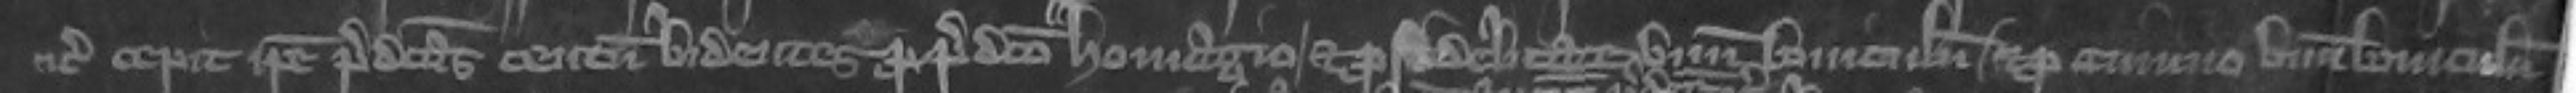
etc cepit ipse predictas centum bidentes pro predicto homagio et pro fidelitate unum boviculum et pro cimino unum boviculum